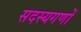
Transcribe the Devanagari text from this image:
सदस्यगणों